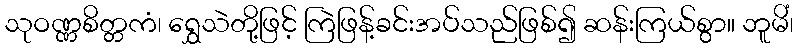
သုဝဏ္ဏစိတ္တကံ၊ ရွှေသဲတို့ဖြင့် ကြဲဖြန့်ခင်းအပ်သည်ဖြစ်၍ ဆန်းကြယ်စွာ။ ဘူမိံ၊